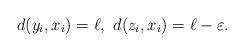
LaTeX: \begin{align*} d(y_i,x_i)=\ell,\ d(z_i,x_i) = \ell-\varepsilon. \end{align*}